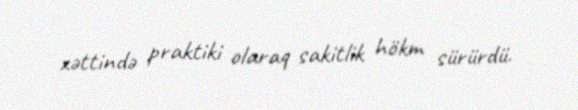
xəttində praktiki olaraq sakitlik hökm sürürdü.